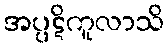
အပ္ပဋိကူလာသိ